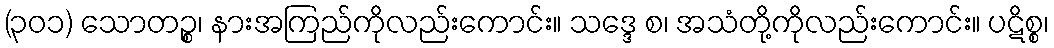
(၃၀၁) သောတဉ္စ၊ နားအကြည်ကိုလည်းကောင်း။ သဒ္ဒေ စ၊ အသံတို့ကိုလည်းကောင်း။ ပဋိစ္စ၊